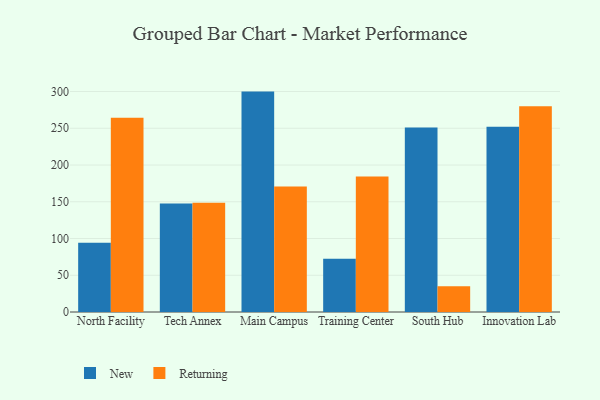
{"axis": {"x": "Campus", "y": "Operating Costs (USD K)"}, "legend": ["New", "Returning"], "data": [{"x": "North Facility", "y": 94.3, "type": "New"}, {"x": "North Facility", "y": 264.4, "type": "Returning"}, {"x": "Tech Annex", "y": 147.7, "type": "New"}, {"x": "Tech Annex", "y": 148.8, "type": "Returning"}, {"x": "Main Campus", "y": 299.9, "type": "New"}, {"x": "Main Campus", "y": 170.7, "type": "Returning"}, {"x": "Training Center", "y": 72.3, "type": "New"}, {"x": "Training Center", "y": 184.3, "type": "Returning"}, {"x": "South Hub", "y": 251.2, "type": "New"}, {"x": "South Hub", "y": 35.0, "type": "Returning"}, {"x": "Innovation Lab", "y": 252.0, "type": "New"}, {"x": "Innovation Lab", "y": 280.1, "type": "Returning"}]}